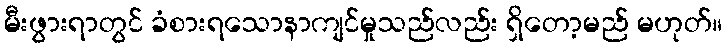
မီးဖွားရာတွင် ခံစားရသောနာကျင်မှုသည်လည်း ရှိတော့မည် မဟုတ်။